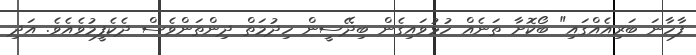
ފާހާނަ ބަރިއެއްގައި" ބޯކޮށާ ތަނެއް ހުޅުވައިގެން ބިދޭސީން ހިދުމަތް ދިންތަންވެސް ދެކެފީމުވެއެވެ. އަދި